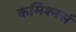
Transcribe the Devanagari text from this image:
कमिश्नर्स